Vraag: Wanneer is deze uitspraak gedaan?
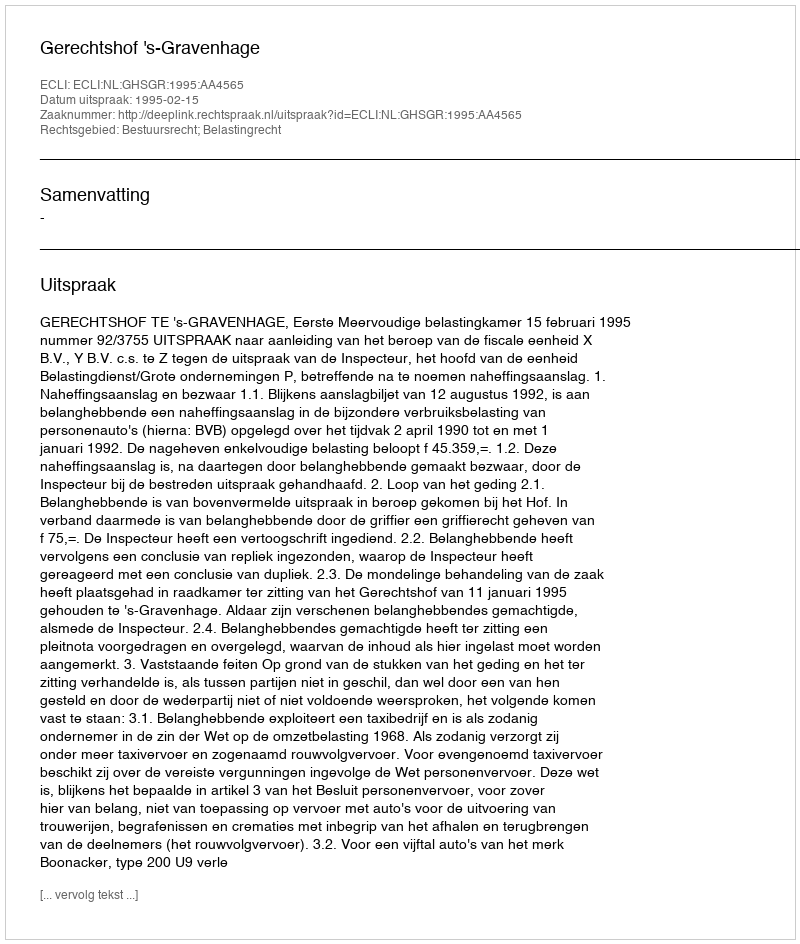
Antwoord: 1995-02-15